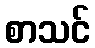
စာသင်